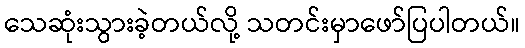
သေဆုံးသွားခဲ့တယ်လို့ သတင်းမှာဖော်ပြပါတယ်။